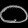
Digit: ၀